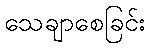
သေချာစေခြင်း